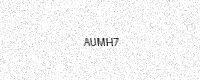
Text: AUMH7